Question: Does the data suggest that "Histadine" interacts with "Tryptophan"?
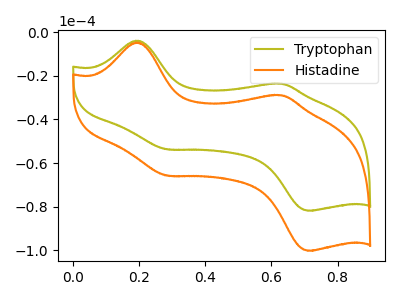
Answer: <think>The olive curve "Tryptophan" has anodic peaks at (0.20V, -3.80uA) (0.65V, -23.60uA) and cathodic peaks at (0.30V, -53.70uA) (0.70V, -81.85uA). The orange curve "Histadine" has anodic peaks at (0.20V, -4.70uA) (0.65V, -28.85uA) and cathodic peaks at (0.30V, -65.75uA) (0.70V, -100.25uA).
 All the peaks in "Histadine" have a peak in "Tryptophan" at the same potential.</think>
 <answer>No, "Histadine" and "Tryptophan" don't appear to be significantly different in shape</answer>
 <eval>no_change</eval>